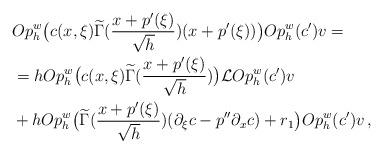
LaTeX: \begin{align*} & Op_h^w\big(c(x,\xi)\widetilde{\Gamma}(\frac{x+p'(\xi)}{\sqrt{h}})(x+p'(\xi))\big)Op_h^w(c')v = \\&= h Op_h^w\big(c(x,\xi)\widetilde{\Gamma}(\frac{x+p'(\xi)}{\sqrt{h}})\big)\mathcal{L}Op_h^w(c')v \\& + h Op_h^w\big(\widetilde{\Gamma}(\frac{x+p'(\xi)}{\sqrt{h}})(\partial_{\xi}c-p''\partial_xc ) +r_1 \big)Op_h^w(c')v \, ,\end{align*}